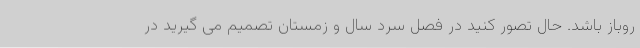
روباز باشد. حال تصور کنید در فصل سرد سال و زمستان تصمیم می گیرید در